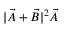
| \vec { A } + \vec { B } | ^ { 2 } \vec { A }